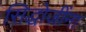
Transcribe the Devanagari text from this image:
सिद्धोजींना